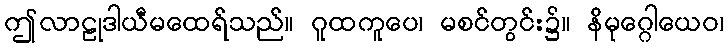
ဤလာဠုဒါယီမထေရ်သည်။ ဂူထကူပေ၊ မစင်တွင်း၌။ နိမုဂ္ဂေါယေဝ၊